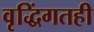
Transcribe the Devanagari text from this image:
वृद्धिंगतही